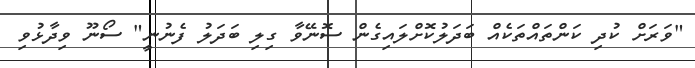
"ވަރަށް ކުދި ކަންތައްތަކެއް ބަދަލުކޮށްލައިގެން ސޮނޭވާ ގިލި ބަދަލު ފެނުނީ" ސޯނޫ ވިދާޅުވި